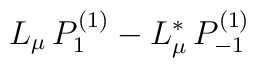
L_{\mu}  \, P_{1}^{(1)} -  L_{\mu}^* \, P_{-1}^{(1)}